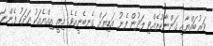
ވަރުބައްޔާއި ގަންނާކުރެއްވި ލަދުން ފެނު އަޑިޔަށް ގެނބެނީއެވެ. މިއީ އިއްޔެއަކު އަދަކު ފެންނަ